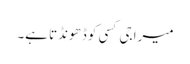
میرا جی کسی کو ڈھونڈتا ہے۔